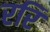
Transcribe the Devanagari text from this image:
ररि